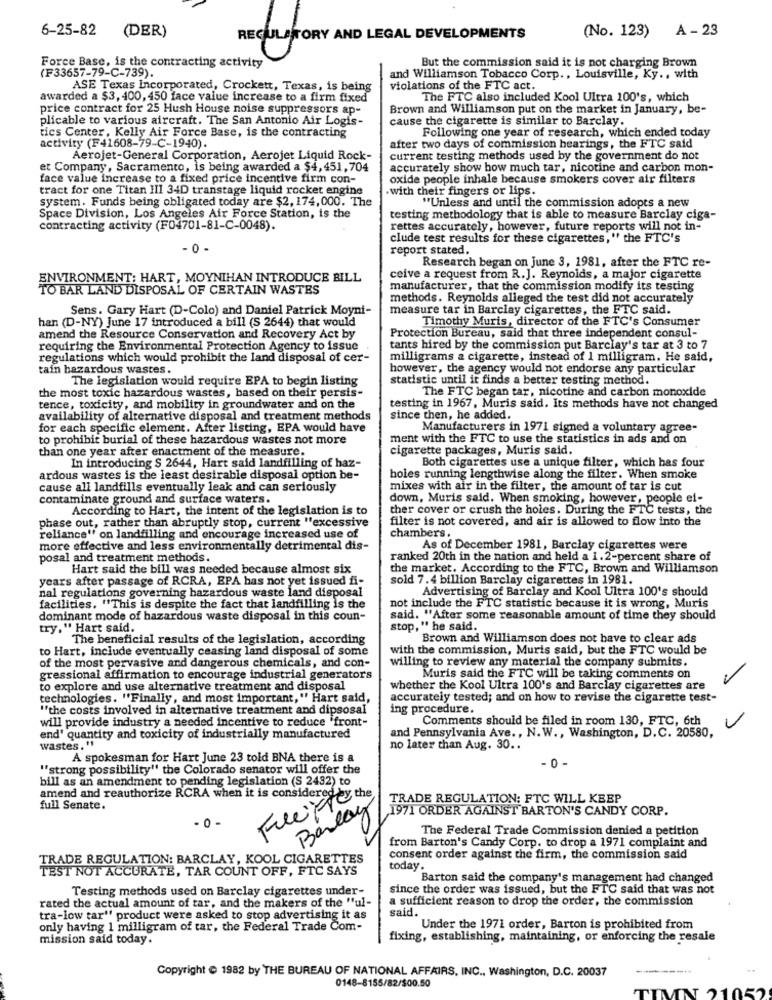
6-25-82
(No. 123) A - 23
(DER)
REGULATORY AND LEGAL DEVELOPMENTS
But the commission said it is not charging Brown
Force Base, is the contracting activity
(F33657-79-C-739).
and Williamson Tobacco Corp ., Louisville, Ky ., with
ASE Texas Incorporated, Crockett, Texas, is being
violations of the FTC act.
awarded a $3, 400, 450 face value increase to a firm fixed
The FTC also included Kool Ultra 100's, which
price contract for 25 Hush House noise suppressors ap-
Brown and Williamson put on the market in January, be-
plicable to various aircraft. The San Antonio Air Logis-
cause the cigarette is similar to Barclay.
tics Center, Kelly Air Force Base, is the contracting
Following one year of research, which ended today
activity (F41608-79-C-1940).
after two days of commission hearings, the FTC said
Aerojet-General Corporation, Aerojet Liquid Rock-
current testing methods used by the government do not
et Company, Sacramento, is being awarded a $4, 451,704
accurately show how much tar, nicotine and carbon mon-
face value increase to a fixed price incentive firm con-
oxide people inhale because smokers cover air filters
tract for one Titan III 34D transtage liquid rocket engine
.with their fingers or lips.
system. Funds being obligated today are $2, 174, 000. The
"Unless and until the commission adopts a new
Space Division, Los Angeles Air Force Station, is the
testing methodology that is able to measure Barclay ciga-
contracting activity (F04701-81-C-0048).
rettes accurately, however, future reports will not in-
clude test results for these cigarettes, " the FTC's
- 0-
report stated.
Research began on june 3, 1981, after the FTC re-
ENVIRONMENT: HART, MOYNIHAN INTRODUCE BILL
ceive a request from R.J. Reynolds, a major cigarette
TO BAR LAND DISPOSAL OF CERTAIN WASTES
manufacturer, that the commission modify its testing
methods. Reynolds alleged the test did not accurately
Sens. Gary Hart (D-Colo) and Daniel Patrick Moyni-
measure tar in Barclay cigarettes, the FTC said.
han (D-NY) June 17 introduced a bill (S 2644) that would
Timothy Muris, director of the FTC's Consumer
amend the Resource Conservation and Recovery Act by
Protection Bureau, said that three independent consul-
requiring the Environmental Protection Agency to issue
tants hired by the commission put Barclay's tar at 3 to 7
regulations which would prohibit the land disposal of cer-
milligrams a cigarette, instead of 1 milligram. He said,
tain hazardous wastes.
however, the agency would not endorse any particular
The legislation would require EPA to begin listing
statistic until it finds a better testing method.
the most toxic hazardous wastes, based on their persis-
The FTC began tar, nicotine and carbon monoxide
tence, toxicity, and mobility in groundwater and on the
testing in 1967, Muris said. Its methods have not changed
availability of alternative disposal and treatment methods
since then, he added.
for each specific element. After listing, EPA would have
Manufacturers in 1971 signed a voluntary agree-
to prohibit burial of these hazardous wastes not more
ment with the FTC to use the statistics in ads and on
than one year after enactment of the measure.
cigarette packages, Muris said.
In introducing $ 2644, Hart said landfilling of haz-
Both cigarettes use a unique filter, which has four
ardous wastes is the least desirable disposal option be-
holes running lengthwise along the filter. When smoke
cause all landfills eventually leak and can seriously
mixes with air in the filter, the amount of tar is cut
contaminate ground and surface waters.
down, Muris said. When smoking, however, people ei-
According to Hart, the intent of the legislation is to
ther cover or crush the holes. During the FTC tests, the
phase out, rather than abruptly stop, current "excessive
filter is not covered, and air is allowed to flow into the
chambers.
reliance" on landfilling and encourage increased use of
more effective and less environmentally detrimental dis-
As of December 1981, Barclay cigarettes were
posal and treatment methods.
ranked 20th in the nation and held a 1. 2-percent share of
Hart said the bill was needed because almost six
the market. According to the FTC, Brown and Williamson
years after passage of RCRA, EPA has not yet issued fi-
sold 7.4 billion Barclay cigarettes in 1981.
nal regulations governing hazardous waste land disposal
Advertising of Barclay and Kool Ultra 100's should
facilities. "This is despite the fact that landfilling is the
not include the FTC statistic because it is wrong, Muris
dominant mode of hazardous waste disposal in this coun-
said. "After some reasonable amount of time they should
try," Hart said.
stop," he said.
The beneficial results of the legislation, according
Brown and Williamson does not have to clear ads
to Hart, include eventually ceasing land disposal of some
with the commission, Muris said, but the FTC would be
of the most pervasive and dangerous chemicals, and con-
willing to review any material the company submits.
gressional affirmation to encourage industrial generators
Muris said the FTC will be taking comments on
to explore and use alternative treatment and disposal
whether the Kool Ultra 100's and Barclay cigarettes are
technologies. "Finally, and most important," Hart said,
accurately tested; and on how to revise the cigarette test-
"the costs involved in alternative treatment and dipsosal
ing procedure.
will provide industry a needed incentive to reduce "front-
Comments should be filed in room 130, FTC, 6th
end' quantity and toxicity of industrially manufactured
and Pennsylvania Ave ., N.W ., Washington, D.C. 20580,
wastes."
no later than Aug. 30 ..
A spokesman for Hart June 23 told BNA there is a
. 0 -
"strong possibility" the Colorado senator will offer the
bill as an amendment to pending legislation (S 2432) to
amend and reauthorize RCRA when it is considered >
FuciFfer the
TRADE REGULATION: FTC WILL KEEP
full Senate.
Barley
1971 ORDER AGAINST BARTON'S CANDY CORP.
- 0-
The Federal Trade Commission denied a petition
from Barton's Candy Corp. to drop a 1971 complaint and
TRADE REGULATION: BARCLAY, KOOL CIGARETTES
consent order against the firm, the commission said
TEST NOT ACCURATE, TAR COUNT OFF, FTC SAYS
today.
Barton said the company's management had changed
Testing methods used on Barclay cigarettes under-
since the order was issued, but the FTC said that was not
rated the actual amount of tar, and the makers of the "ul-
a sufficient reason to drop the order, the commission
said.
tra-low tar" product were asked to stop advertising it as
only having 1 milligram of tar, the Federal Trade Com-
Under the 1971 order, Barton is prohibited from
mission said today.
fixing, establishing, maintaining, or enforcing the resale
Copyright & 1982 by THE BUREAU OF NATIONAL AFFAIRS, INC ., Washington, D.C. 20037
0148-8155/82/$00.50
INT 21052